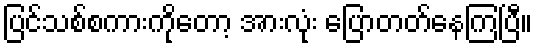
ပြင်သစ်စကားကိုတော့ အားလုံး ပြောတတ်နေကြပြီ။